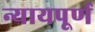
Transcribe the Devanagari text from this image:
न्‍यायपूर्ण